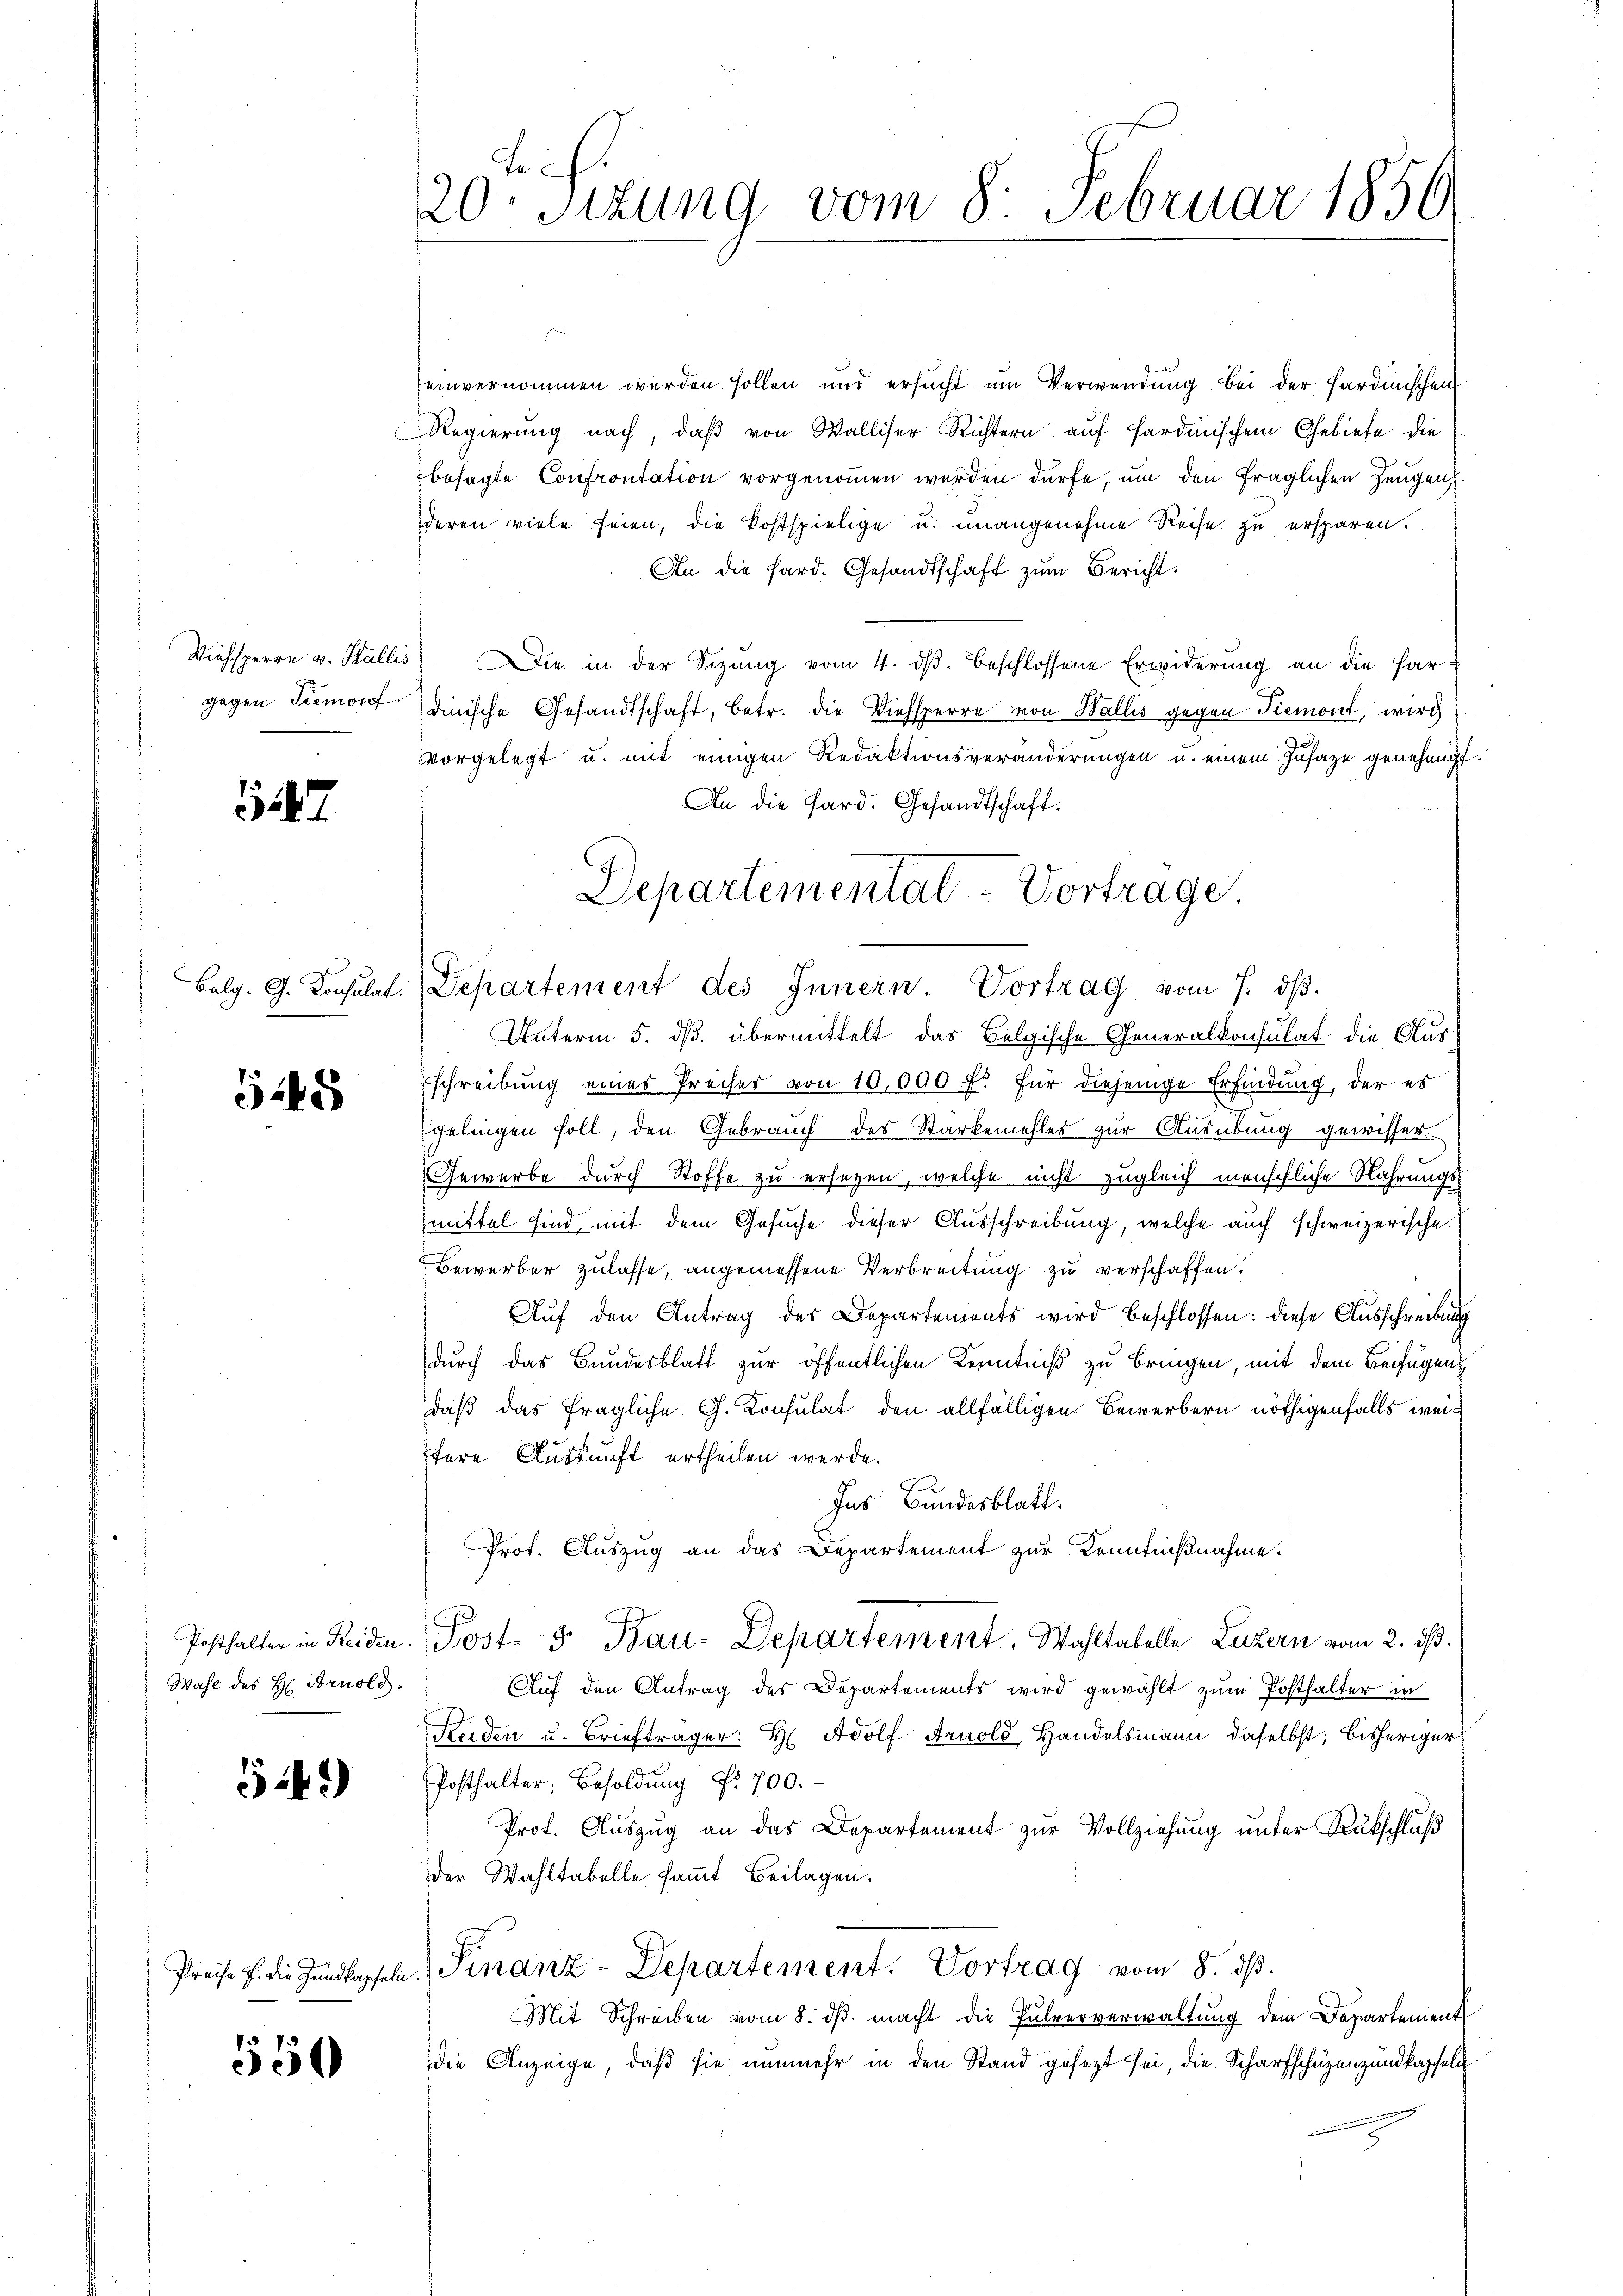
gegen Tremonf.

547

45

Wahl des H. Arnold.

549)

550

f 6 x
20t Setzung vom 8. Februar 1856

einvernommen werden sollen und ersucht um Verwendung bei der Hardunschen
Regierung nach, daß von Walliser Richtern auf sardinischen Gebiete die
besagte Confrontation vorgenommen werden dürfe, um den fraglichen Zeugen
deren viele seien, die kostspielige u. unangenehme Reise zu ersparen.
An die Sard. Gesandtschaft zŭm Bericht.
Viehsperre v. Wallis Die in der Sizŭng vom 4. dβ. beschlossene Erwiderung an die far
dinische Gesandtschaft, betr. die Viehsperre von Wallis gegen Piemont, wird
zvorgelegt u. mit einigen Redaktionsveränderungen u. einem Zusage genehmigt
An die Pard. Gesandtschaft.
Unterm 5. ds. übermittelt das Belgische Generalkonsulat die Aus-
schreibung eines Preiser von 10,000 f. für diejenige Erfindung, der es
gelingen soll, den Gebrauch des Starkemehles zur Ausübung gewisser
Gewerbe durch Stoffe zu ersezen, welche nicht zugleich menschliche Nahrungsmittel sind mit dem Gesuche dieser Ausschreibung, welche auch schweizerische
Bewerber zulasse, angemessene Verbreitung zu verschaffen.
Auf den Antrag des Departements wird beschlossen: diese Ausschreibung
durch das Bundesblatt zur öffentlichen Kenntniß zu bringen, mit dem Beifügen
daß das fragliche G. Konsulat den allfälligen Bewerbern nöthigenfalls weitere Auskunft ertheilen werde.
Ins Bundesblatt.
Prot. Auszug an das Departement zur Kenntnißnahme.
Posthalter in Seiden. Post- 5 Bau-Departement. Wahltabelle Luzern vom 2. ds.
Auf den Antrag des Departements wird gewählt zum Posthalter in
Reiden u. Briefträger: H Adolf Arnold, Handelsmann daselbst; bisheriger
Posthalter, Besoldung Nr. 700.
Prof. Auszug an das Departement zur Vollziehung unter Rückschluß
der Wahltabelle sammt Beilagen.
Preise u. die Zundkapseln. Finanz-Departement. Vortrag vom 8. ds.
Mit Schreiben vom 8. dβ macht die Pulververwaltung dem Departement
die Anzeige, daß sie nunmehr in den Stand gesezt sei, die Scharfschüzenzundkapfeln

Departementat - Vortrage
belg. G. Konsulat. Departement des Innern Vortrag vom 7. dβ.